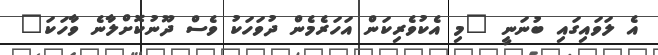
އެ ލަވައިގައި ބުނަނީ "މި އެކުވެރިކަން އަހަރެމެން ދުވަހަކު ވެސް ދޫނުކޮށްލާނެ ވާހަކަ"